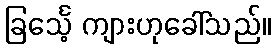
ခြင်္သေ့ ကျားဟုခေါ်သည်။